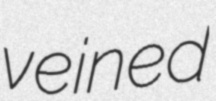
veined